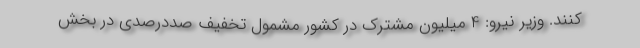
کنند. وزیر نیرو: 4 میلیون مشترک در کشور مشمول تخفیف صددرصدی در بخش